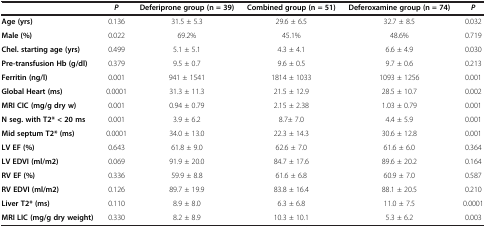
<table><thead><tr><td><b> </b></td><td><b><i>P</i></b></td><td><b>Deferiprone group (n = 39)</b></td><td><b>Combined group (n = 51)</b></td><td><b>Deferoxamine group (n = 74)</b></td><td><b><i>P</i></b></td></tr></thead><tbody><tr><td><b>Age (yrs)</b></td><td>0.136</td><td>31.5 ± 5.3</td><td>29.6 ± 6.5</td><td>32.7 ± 8.5</td><td>0.032</td></tr><tr><td><b>Male (%)</b></td><td>0.022</td><td>69.2%</td><td>45.1%</td><td>48.6%</td><td>0.719</td></tr><tr><td><b>Chel. starting age (yrs)</b></td><td>0.499</td><td>5.1 ± 5.1</td><td>4.3 ± 4.1</td><td>6.6 ± 4.9</td><td>0.030</td></tr><tr><td><b>Pre-transfusion Hb (g/dl)</b></td><td>0.379</td><td>9.5 ± 0.7</td><td>9.6 ± 0.5</td><td>9.7 ± 0.6</td><td>0.213</td></tr><tr><td><b>Ferritin (ng/l)</b></td><td>0.001</td><td>941 ± 1541</td><td>1814 ± 1033</td><td>1093 ± 1256</td><td>0.001</td></tr><tr><td><b>Global Heart (ms)</b></td><td>0.0001</td><td>31.3 ± 11.3</td><td>21.5 ± 12.9</td><td>28.5 ± 10.7</td><td>0.002</td></tr><tr><td><b>MRI CIC</b><b>(mg/g dry w)</b></td><td>0.001</td><td>0.94 ± 0.79</td><td>2.15 ± 2.38</td><td>1.03 ± 0.79</td><td>0.001</td></tr><tr><td><b>N seg. with T2* &lt; 20 ms</b></td><td>0.001</td><td>3.9 ± 6.2</td><td>8.7± 7.0</td><td>4.4 ± 5.9</td><td>0.001</td></tr><tr><td><b>Mid septum T2* (ms)</b></td><td>0.0001</td><td>34.0 ± 13.0</td><td>22.3 ± 14.3</td><td>30.6 ± 12.8</td><td>0.001</td></tr><tr><td><b>LV EF (%)</b></td><td>0.643</td><td>61.8 ± 9.0</td><td>62.6 ± 7.0</td><td>61.6 ± 6.0</td><td>0.364</td></tr><tr><td><b>LV EDVI (ml/m2)</b></td><td>0.069</td><td>91.9 ± 20.0</td><td>84.7 ± 17.6</td><td>89.6 ± 20.2</td><td>0.164</td></tr><tr><td><b>RV EF (%)</b></td><td>0.336</td><td>59.9 ± 8.8</td><td>61.6 ± 6.8</td><td>60.9 ± 7.0</td><td>0.587</td></tr><tr><td><b>RV EDVI (ml/m2)</b></td><td>0.126</td><td>89.7 ± 19.9</td><td>83.8 ± 16.4</td><td>88.1 ± 20.5</td><td>0.210</td></tr><tr><td><b>Liver T2* (ms)</b></td><td>0.110</td><td>8.9 ± 8.0</td><td>6.3 ± 6.8</td><td>11.0 ± 7.5</td><td>0.0001</td></tr><tr><td><b>MRI LIC</b><b>(mg/g dry weight)</b></td><td>0.330</td><td>8.2 ± 8.9</td><td>10.3 ± 10.1</td><td>5.3 ± 6.2</td><td>0.003</td></tr></tbody></table>